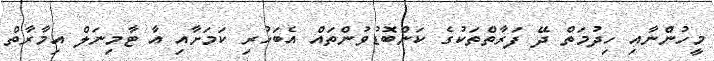
މީހުންނާއި ހިދުމަތް ދޭ ފަރާތްތަކުގެ ކަންބޮޑުވުންތައް އެބަހުރި ކަމަށާއި އާ ޓާމިނަލް އިމާރާތް